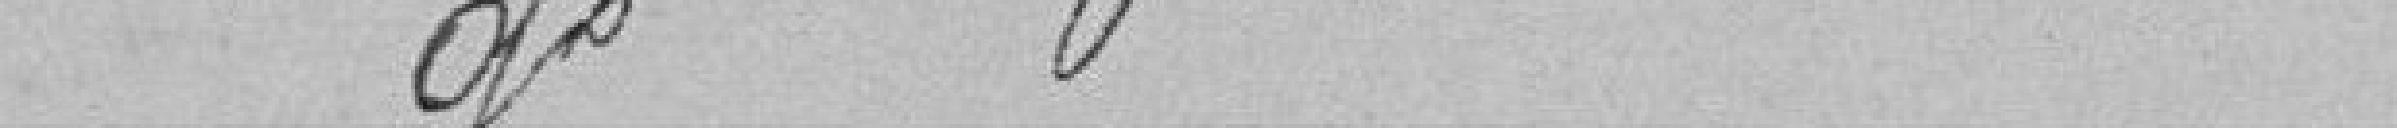
Bureau de Bienfaisance